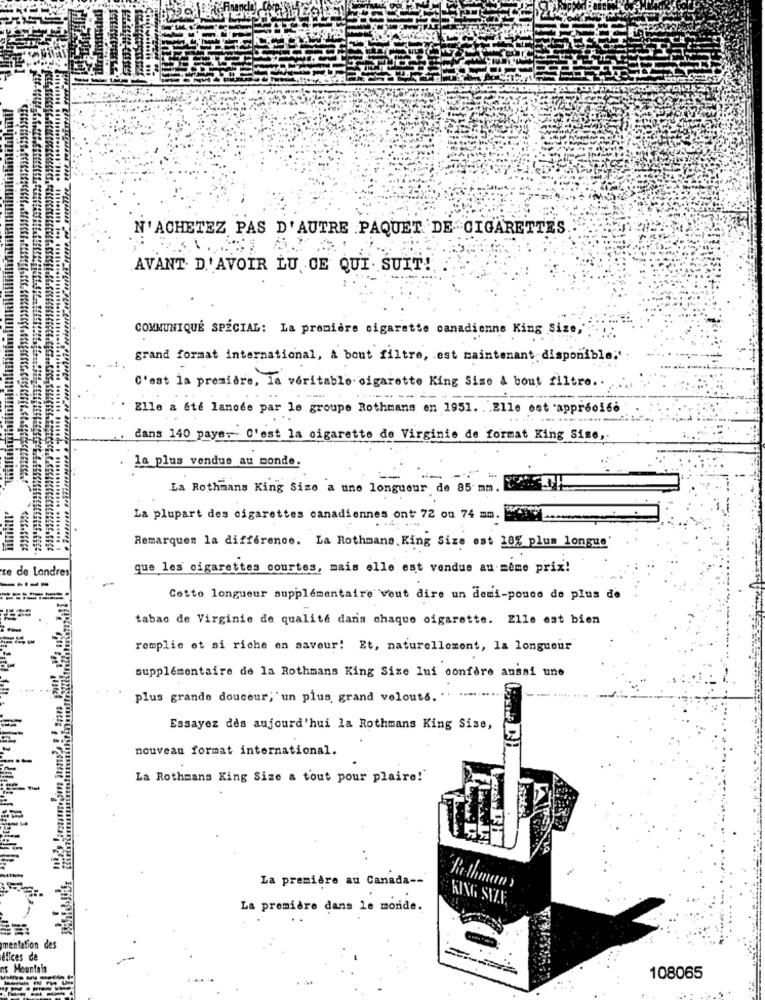
N'ACHETEZ PAS D'AUTRE PAQUET DE CIGARETTES
AVANT D'AVOIR LU CE QUI. SUIT !.
COMMUNIQUÉ SPÉCIAL: La première cigarette canadienne King Size,
grand format international, a bout filtre, est maintenant disponible;'.
C'est la première, La veritable sigarette King Size A bout filtre ..
Elle a été lanode par le groupe Rothmans en 1951. . . Elle est appro166
dans 140 pays. C'est la cigarette de Virginie de format King Size ,.
la plus vendue au monde.
La Rothmans King Size a une longueur de 85 mm. ...
La plupart des cigarettes canadiennes ont 72 ou 74 mm.
Remarques la difference. La Rothmans. King Size est 18% plus longue'
te de Londres
que les cigarettes courtes, mais elle est vendue au même prix!
Cotto longueur supplémentaire veut dire un demi-pouce de plus de
tabac de Virginie de qualité dans chaque cigarette. Elle est bien
remplie et si riche en saveur! Et, naturellement, la longueur
supplémentaire de la Rothmans King Size lui confère aussi une
plus grande douceur; un plus grand veloute. .. .....
Essayez dès aujourd'hui la Rothmans King Size,
nouveau format international.
La Rothmans King Size a tout pour plaire!"
La première au Canada --
Rothmans
KING SIZE
La première dans le monde.
mentation des
éfices de
ns Mountain
108065